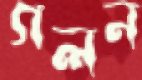
গলন